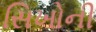
સિખોની